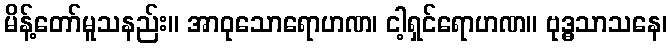
မိန့်တော်မူသနည်း။ အာဝုသောရောဟဏ၊ ငါ့ရှင်ရောဟဏ။ ဗုဒ္ဓသာသနေ၊